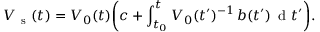
V _ { \mathrm { ~ s ~ } } ( t ) = V _ { 0 } ( t ) \bigg ( c + \displaystyle \int _ { t _ { 0 } } ^ { t } V _ { 0 } ( t ^ { \prime } ) ^ { - 1 } \, b ( t ^ { \prime } ) \, \mathrm { ~ d ~ } t ^ { \prime } \bigg ) .